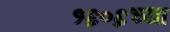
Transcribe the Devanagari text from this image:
१६०६च्या